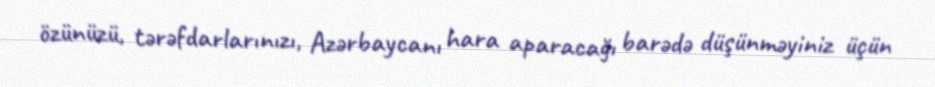
özünüzü, tərəfdarlarınızı, Azərbaycanı hara aparacağı barədə düşünməyiniz üçün